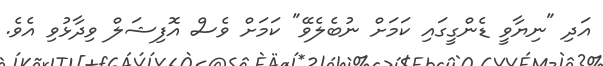
އަދި "ނިޔާވީ ޑެންގީގައި ކަމަށް ނުބެލެވޭ" ކަމަށް ވެސް އޮފިޝަލް ވިދާޅުވި އެވެ.